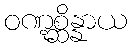
ဝဏ္ဋစ္ဆိန္နာယ